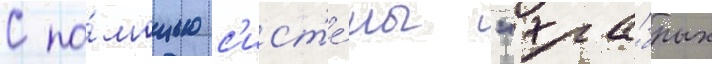
С по́мощью с'ист'е́мы "хра́брых